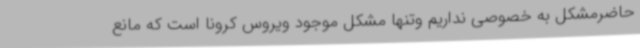
حاضرمشکل به خصوصی نداریم وتنها مشکل موجود ویروس کرونا است که مانع